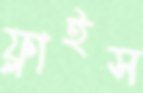
ফ্লাইস